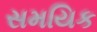
સમયિક